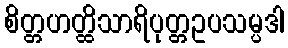
စိတ္တဟတ္ထိသာရိပုတ္တဥပသမ္ပဒါ